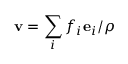
\mathbf { v } = \sum _ { i } f _ { i } \mathbf { e } _ { i } / \rho